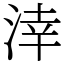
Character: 涬